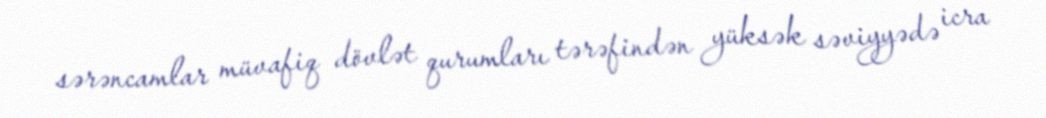
sərəncamlar müvafiq dövlət qurumları tərəfindən yüksək səviyyədə icra